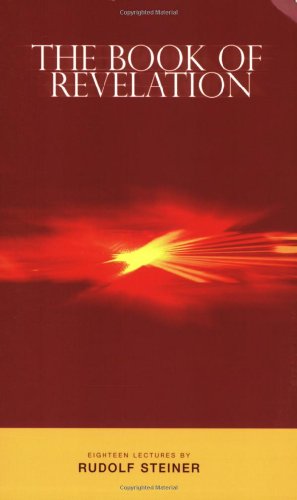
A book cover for The Book of Revelation: And the Work of the Priest; Rudolf Steiner; Religion & Spirituality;